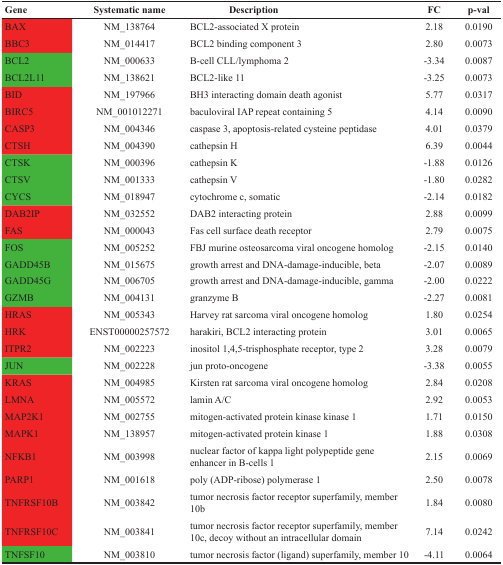
<table><thead><tr><td><b>Gene</b></td><td><b>Systematic name</b></td><td><b>Description</b></td><td><b>FC</b></td><td><b>p-val</b></td></tr></thead><tbody><tr><td>BAX</td><td>NM_138764</td><td>BCL2-associated X protein</td><td>2.18</td><td>0.0190</td></tr><tr><td>BBC3</td><td>NM_014417</td><td>BCL2 binding component 3</td><td>2.80</td><td>0.0073</td></tr><tr><td>BCL2</td><td>NM_000633</td><td>B-cell CLL/lymphoma 2</td><td>-3.34</td><td>0.0087</td></tr><tr><td>BCL2L11</td><td>NM_138621</td><td>BCL2-like 11</td><td>-3.25</td><td>0.0073</td></tr><tr><td>BID</td><td>NM_197966</td><td>BH3 interacting domain death agonist</td><td>5.77</td><td>0.0317</td></tr><tr><td>BIRC5</td><td>NM_001012271</td><td>baculoviral IAP repeat containing 5</td><td>4.14</td><td>0.0090</td></tr><tr><td>CASP3</td><td>NM_004346</td><td>caspase 3, apoptosis-related cysteine peptidase</td><td>4.01</td><td>0.0379</td></tr><tr><td>CTSH</td><td>NM_004390</td><td>cathepsin H</td><td>6.39</td><td>0.0044</td></tr><tr><td>CTSK</td><td>NM_000396</td><td>cathepsin K</td><td>-1.88</td><td>0.0126</td></tr><tr><td>CTSV</td><td>NM_001333</td><td>cathepsin V</td><td>-1.80</td><td>0.0282</td></tr><tr><td>CYCS</td><td>NM_018947</td><td>cytochrome c, somatic</td><td>-2.14</td><td>0.0182</td></tr><tr><td>DAB2IP</td><td>NM_032552</td><td>DAB2 interacting protein</td><td>2.88</td><td>0.0099</td></tr><tr><td>FAS</td><td>NM_000043</td><td>Fas cell surface death receptor</td><td>2.79</td><td>0.0075</td></tr><tr><td>FOS</td><td>NM_005252</td><td>FBJ murine osteosarcoma viral oncogene homolog</td><td>-2.15</td><td>0.0140</td></tr><tr><td>GADD45B</td><td>NM_015675</td><td>growth arrest and DNA-damage-inducible, beta</td><td>-2.07</td><td>0.0089</td></tr><tr><td>GADD45G</td><td>NM_006705</td><td>growth arrest and DNA-damage-inducible, gamma</td><td>-2.00</td><td>0.0222</td></tr><tr><td>GZMB</td><td>NM_004131</td><td>granzyme B</td><td>-2.27</td><td>0.0081</td></tr><tr><td>HRAS</td><td>NM_005343</td><td>Harvey rat sarcoma viral oncogene homolog</td><td>1.80</td><td>0.0254</td></tr><tr><td>HRK</td><td>ENST00000257572</td><td>harakiri, BCL2 interacting protein</td><td>3.01</td><td>0.0065</td></tr><tr><td>ITPR2</td><td>NM_002223</td><td>inositol 1,4,5-trisphosphate receptor, type 2</td><td>3.28</td><td>0.0079</td></tr><tr><td>JUN</td><td>NM_002228</td><td>jun proto-oncogene</td><td>-3.38</td><td>0.0055</td></tr><tr><td>KRAS</td><td>NM_004985</td><td>Kirsten rat sarcoma viral oncogene homolog</td><td>2.84</td><td>0.0208</td></tr><tr><td>LMNA</td><td>NM_005572</td><td>lamin A/C</td><td>2.92</td><td>0.0053</td></tr><tr><td>MAP2K1</td><td>NM_002755</td><td>mitogen-activated protein kinase kinase 1</td><td>1.71</td><td>0.0150</td></tr><tr><td>MAPK1</td><td>NM_138957</td><td>mitogen-activated protein kinase 1</td><td>1.88</td><td>0.0308</td></tr><tr><td>NFKB1</td><td>NM_003998</td><td>nuclear factor of kappa light polypeptide gene enhancer in B-cells 1</td><td>2.15</td><td>0.0069</td></tr><tr><td>PARP1</td><td>NM_001618</td><td>poly (ADP-ribose) polymerase 1</td><td>2.50</td><td>0.0078</td></tr><tr><td>TNFRSF10B</td><td>NM_003842</td><td>tumor necrosis factor receptor superfamily, member 10b</td><td>1.84</td><td>0.0080</td></tr><tr><td>TNFRSF10C</td><td>NM_003841</td><td>tumor necrosis factor receptor superfamily, member 10c, decoy without an intracellular domain</td><td>7.14</td><td>0.0242</td></tr><tr><td>TNFSF10</td><td>NM_003810</td><td>tumor necrosis factor (ligand) superfamily, member 10</td><td>-4.11</td><td>0.0064</td></tr></tbody></table>